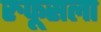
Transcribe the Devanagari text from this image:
रुफूसला